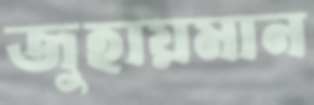
জুহায়মান